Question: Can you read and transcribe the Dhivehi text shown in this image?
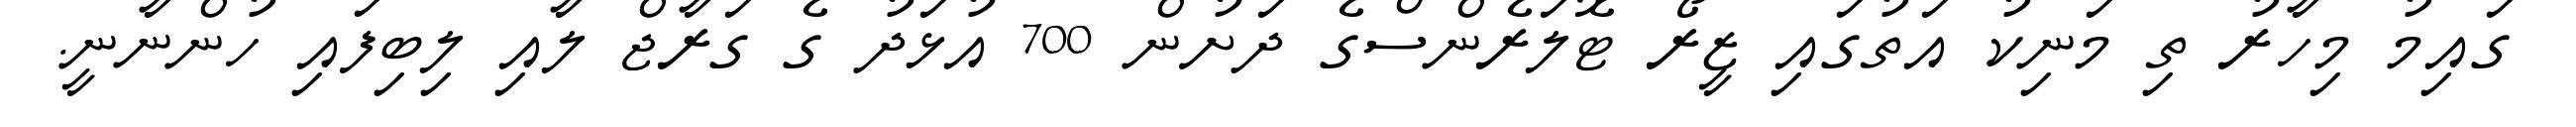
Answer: ގައިމު މިހާރު ތި މަނިކު އަތުގައި ޒީރޯ ޓޮލަރެންސްގެ ދަށުން 700 އުޅަދު ގެ ގަރާޖް ލާއި ލިބިފައި ހުންނާނީ.